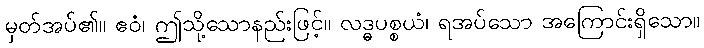
မှတ်အပ်၏။ ဧဝံ၊ ဤသို့သောနည်းဖြင့်။ လဒ္ဓပစ္စယံ၊ ရအပ်သော အကြောင်းရှိသော။